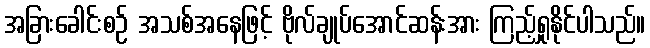
အခြားခေါင်းစဉ် အသစ်အနေဖြင့် ဗိုလ်ချုပ်အောင်ဆန်းအား ကြည့်ရှုနိုင်ပါသည်။